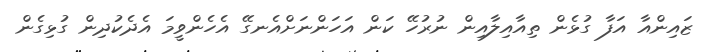
ޒައިންއާ އަފާ ގުޅެން ތިއާއިލާއިން ނުރުހޭ ކަން އަހަންނަށްއެނގޭ އެހެންވީމަ އެދެކުދިން ގުޅިގެން